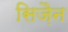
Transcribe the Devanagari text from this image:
सिज़ैन